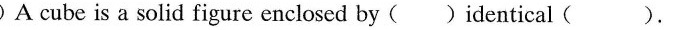
Fill in the brackets.